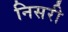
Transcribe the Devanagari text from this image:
निसरी